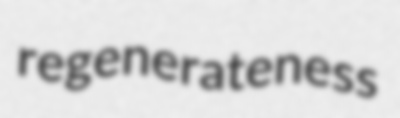
regenerateness